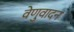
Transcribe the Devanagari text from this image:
वेणुवादन